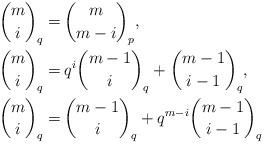
LaTeX: \begin{align*}{m\choose i}_q=&\,{m\choose m-i}_p,\\{m\choose i}_q=&\,q^i{m-1\choose i}_q+{m-1\choose i-1}_q,\\{m\choose i}_q=&\,{m-1\choose i}_q+q^{m-i}{m-1\choose i-1}_q\end{align*}